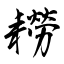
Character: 耮